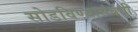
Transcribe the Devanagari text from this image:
सोडविण्यासंबंधी